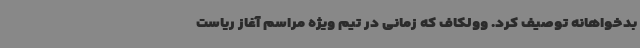
بدخواهانه توصیف کرد. وولکاف که زمانی در تیم ویژه مراسم آغاز ریاست